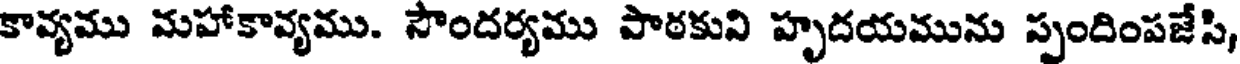
కావ్యము మహాకావ్యము. సౌందర్యము పాఠకుని హృదయమును స్పందింపజేసి,